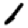
Digit: 1